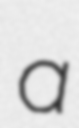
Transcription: a